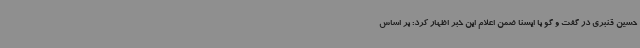
حسین قنبری در گفت و گو با ایسنا ضمن اعلام این خبر اظهار کرد: بر اساس